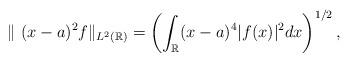
LaTeX: \begin{align*}\| ~(x-a)^2 f \|_{L^2 (\mathbb{R})}= \left(\int_{\mathbb{R}} (x-a)^4 |f(x)|^2 dx \right)^{1/2},\end{align*}